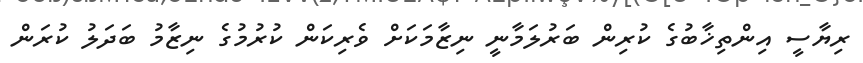
ރިޔާސީ އިންތިޚާބުގެ ކުރިން ބަރުލަމާނީ ނިޒާމަކަށް ވެރިކަން ކުރުމުގެ ނިޒާމު ބަދަލު ކުރަން